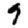
Digit: 9